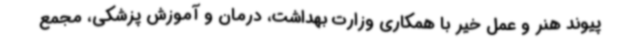
پیوند هنر و عمل خیر با همکاری وزارت بهداشت، درمان و آموزش پزشکی، مجمع